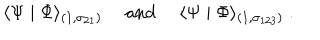
LaTeX: \langle \Psi \mid \Phi \rangle _ { ( 1 , \sigma _ { 2 1 } ) } ~ ~ \mathrm { a n d } ~ ~ \langle \Psi \mid \Phi \rangle _ { ( 1 , \sigma _ { 1 2 3 } ) } ~ .